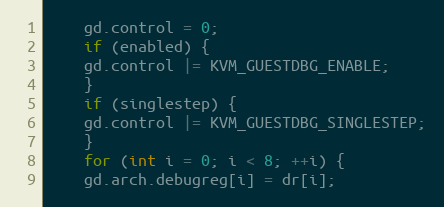
Language: C++
    gd.control = 0;
    if (enabled) {
	gd.control |= KVM_GUESTDBG_ENABLE;
    }
    if (singlestep) {
	gd.control |= KVM_GUESTDBG_SINGLESTEP;
    }
    for (int i = 0; i < 8; ++i) {
	gd.arch.debugreg[i] = dr[i];